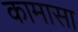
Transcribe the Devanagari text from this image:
कामासा